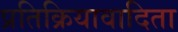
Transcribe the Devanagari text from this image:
प्रतिक्रियावादिता